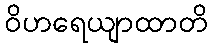
ဝိဟရေယျာထာတိ